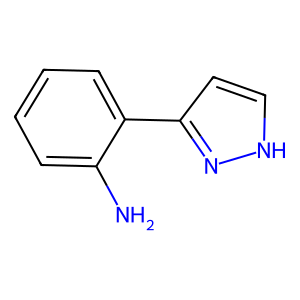
SMILES: Nc1ccccc1-c1cc[nH]n1
Inhibits HIV replication: No